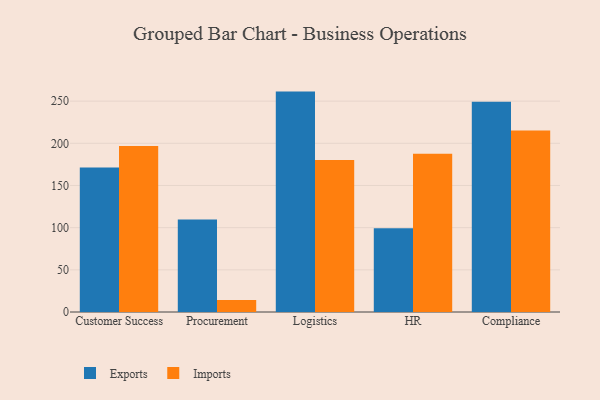
{"axis": {"x": "Department", "y": "Conversion Rate (%)"}, "legend": ["Exports", "Imports"], "data": [{"x": "Customer Success", "y": 171.3, "type": "Exports"}, {"x": "Customer Success", "y": 196.8, "type": "Imports"}, {"x": "Procurement", "y": 109.6, "type": "Exports"}, {"x": "Procurement", "y": 14.2, "type": "Imports"}, {"x": "Logistics", "y": 261.3, "type": "Exports"}, {"x": "Logistics", "y": 180.3, "type": "Imports"}, {"x": "HR", "y": 99.3, "type": "Exports"}, {"x": "HR", "y": 187.6, "type": "Imports"}, {"x": "Compliance", "y": 249.2, "type": "Exports"}, {"x": "Compliance", "y": 215.2, "type": "Imports"}]}